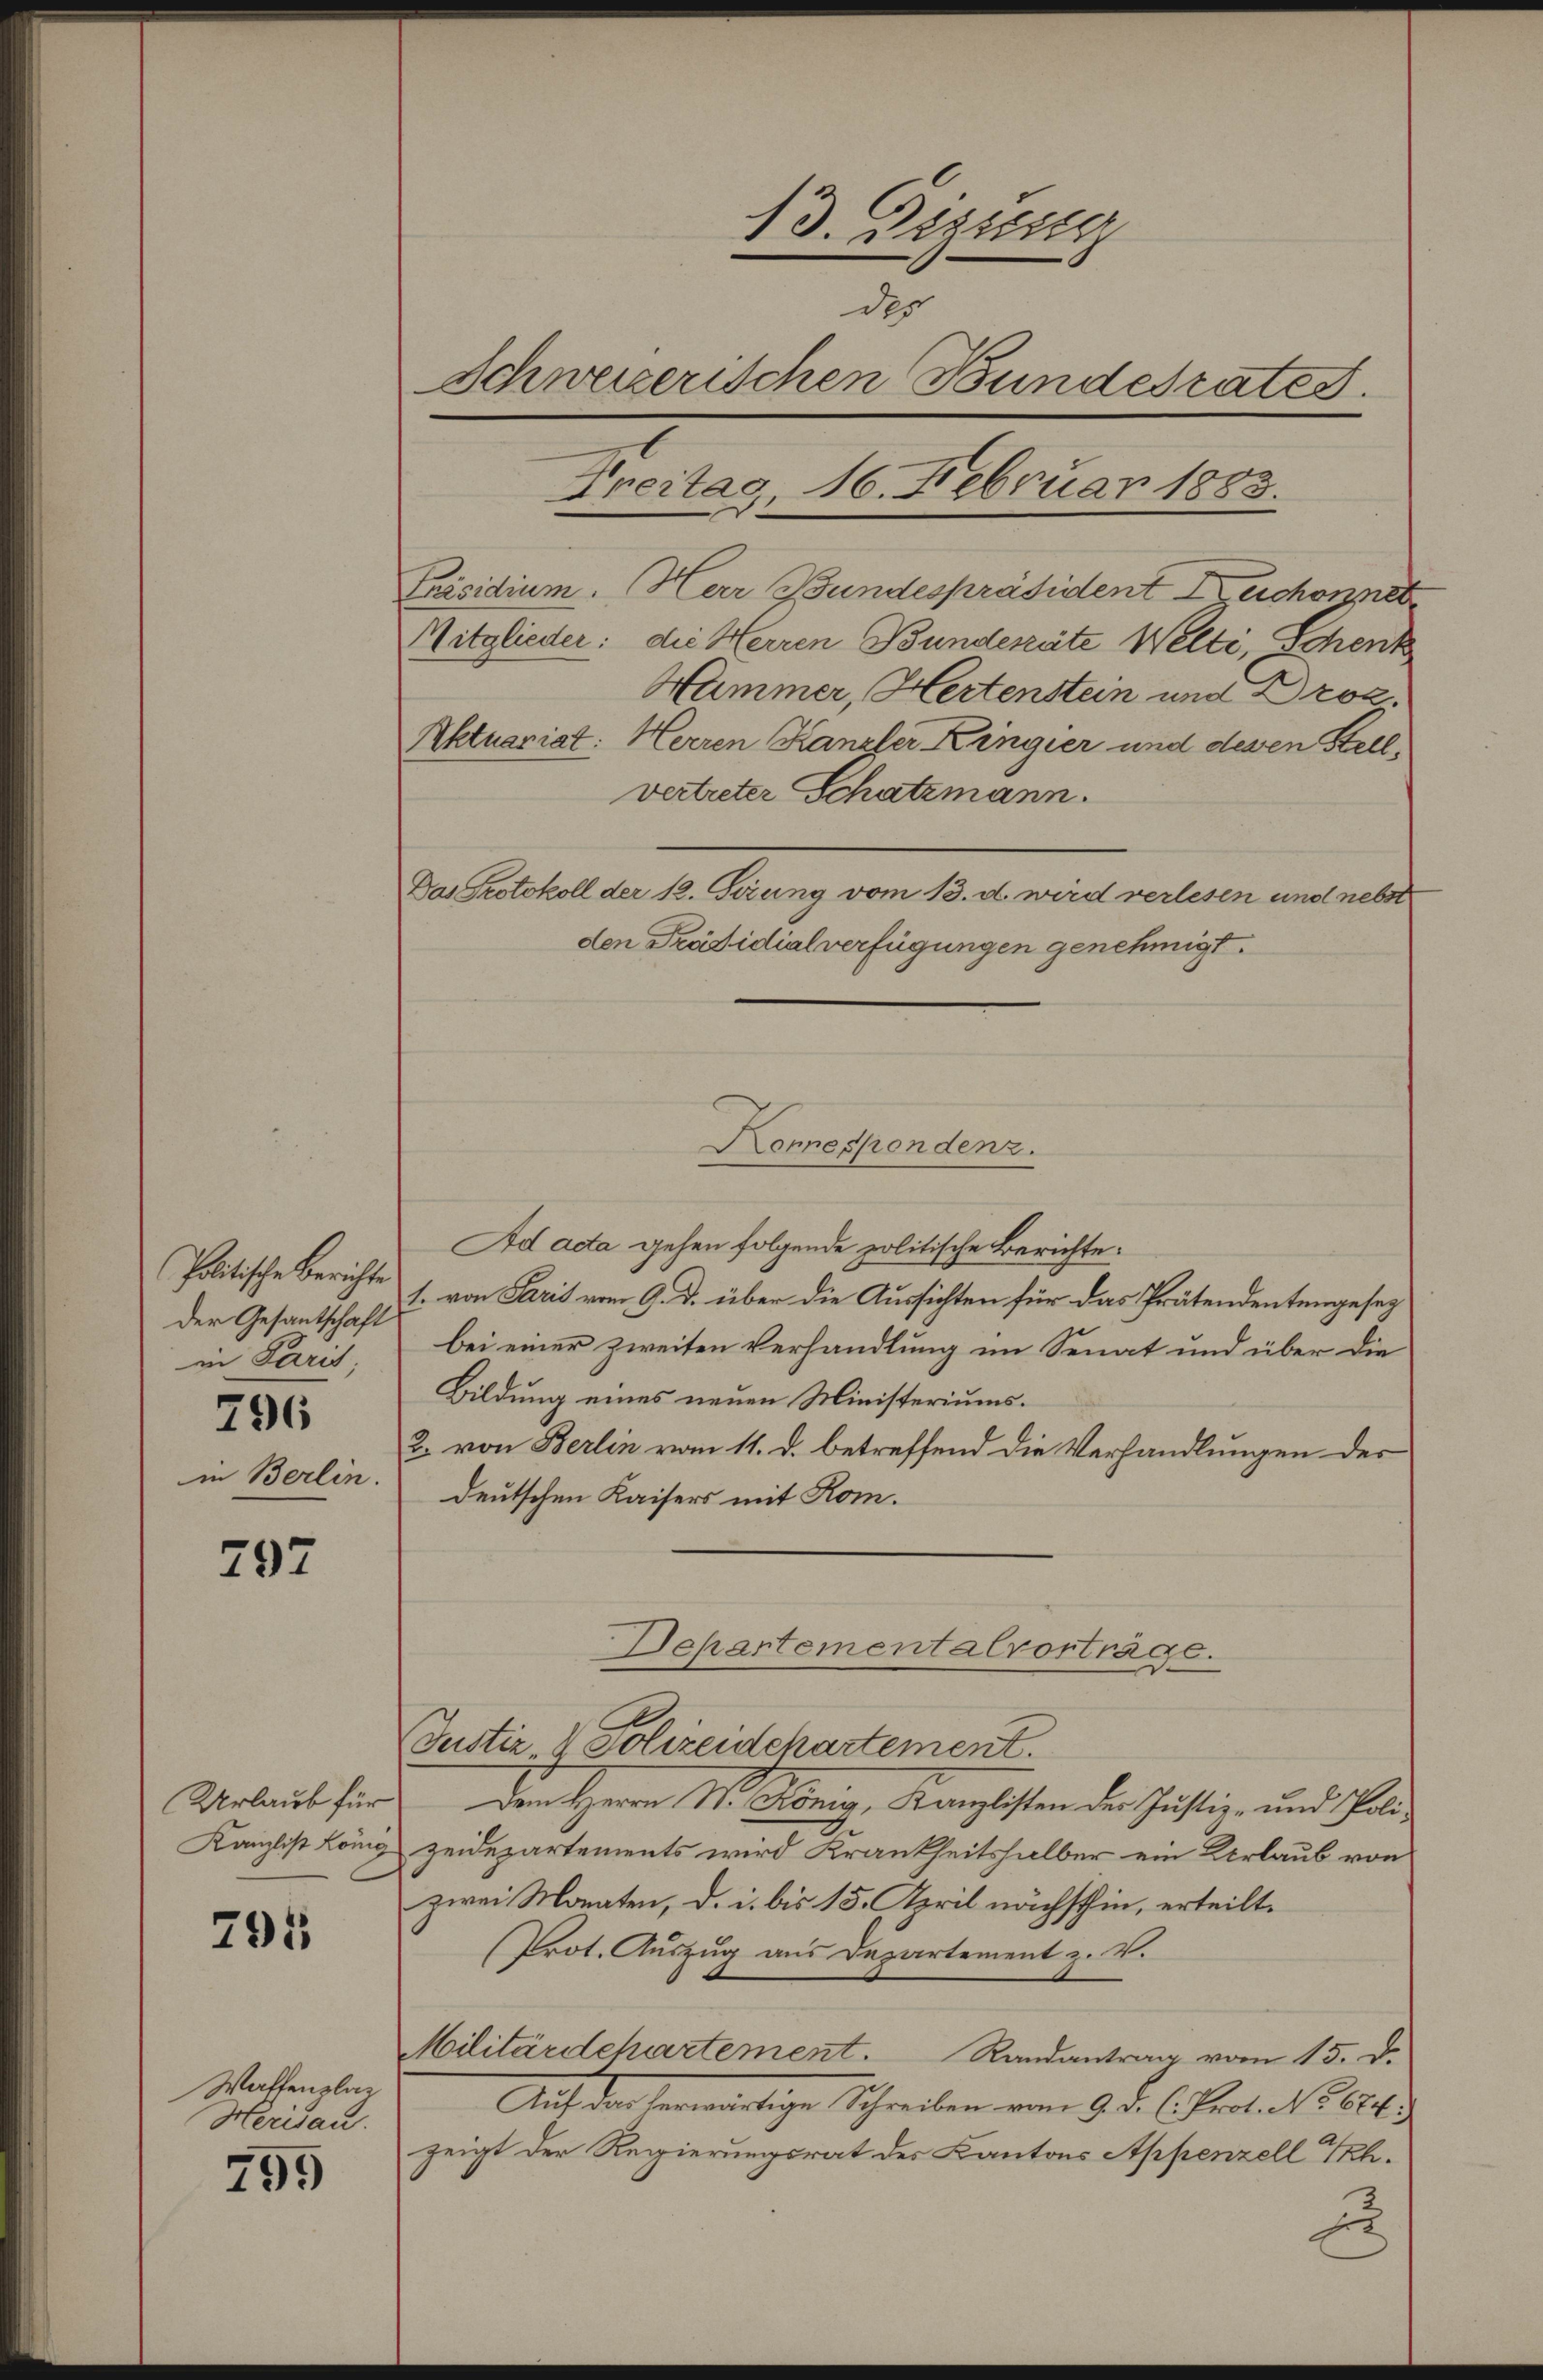
Politische Berichte
Der Gesantschaft
in Paris.
796
in Berlin.

797

Urlaub für
Kanzlist König

795

Waffenplag
Herisau.

795

13. Dizierg
des
Schweizerischen Bundesrates.
Treitag, 16. Februar 1883.
Präsidium. Herr Bundespräsident Lerchonnet
Mitglieder: die Herren Bunderäte Welti, Schenk
Hammer, Hertenstein und Droz.
Aktuariat: Herren Kanzler Kingier und desen Stell,
vertreter Schatzmann.

Das Protokoll der 12. Gerung vom 13. d. wird verlesen und nebst
den Präsidialverfügungen genehmigt.

Konnespondenz.

Ad acta gehen folgende politische Berichte:
1. von Paris vom 9. d. über die Aussichten für das Prätendentengesez
bei einer zweiten Verhandlung im Senat und über die
Bildung eines neuen Ministeriums.
2. von Berlin vom 11. d. betreffend die Verhandlungen ders
deutschen Kaisers mit Rom.
Justiz- & Polizeidchartement.
Den Herrn M. Brig, Kanzlisten der Justiz- und Poli-
zeidepartements wird Krankheitshalber ein Urlaub von
zwei Monaten, d. i. bis 15. April nächsthin, erteilt.
Prot. Auszug aus Departement z. V.
Militärdehartement. Randantrag vom 15. d.
Auf der herwärtige Schreiben vom 9. d. h. Prof. No. 664. 3
zeigt der Regierungsrat des Kantons Appenzell Th.
xx

Departementalvorträge.